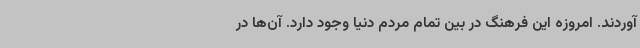
آوردند. امروزه این فرهنگ در بین تمام مردم دنیا وجود دارد. آن‌ها در